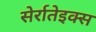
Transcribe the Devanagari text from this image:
सेर्रातेइक्स